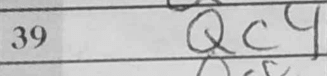
Transcription: Qc4